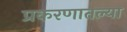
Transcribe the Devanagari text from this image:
प्रकरणातल्या